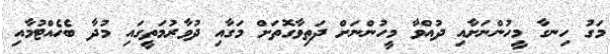
މަގު ހިނގާ މީހުންނަށާއި ދުއްވާ މީހުންނަށް ދަތިވާގޮތަށް މަގާއި ދުވާރުމަތީގައި މުދާ ބެހެއްޓުމާއި